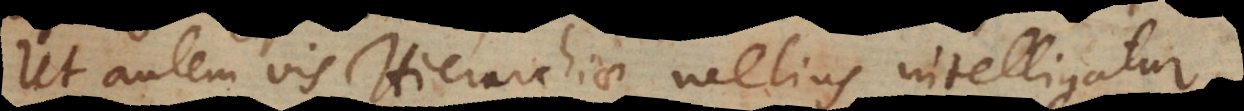
Ut autem vis Hierarchiae melius intelligatur,